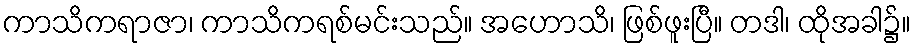
ကာသိကရာဇာ၊ ကာသိကရစ်မင်းသည်။ အဟောသိ၊ ဖြစ်ဖူးပြီ။ တဒါ၊ ထိုအခါ၌။